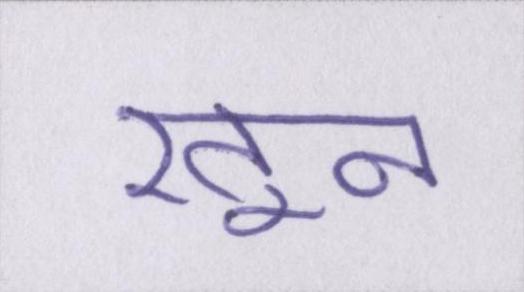
खून